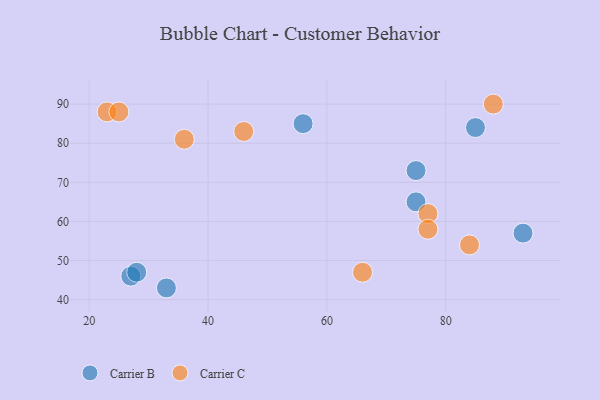
{"axis": {"x": "GDP", "y": "Life Expectancy"}, "legend": ["Carrier B", "Carrier C"], "data": [{"x": "85", "y": 84, "type": "Carrier B"}, {"x": "27", "y": 46, "type": "Carrier B"}, {"x": "93", "y": 57, "type": "Carrier B"}, {"x": "33", "y": 43, "type": "Carrier B"}, {"x": "75", "y": 65, "type": "Carrier B"}, {"x": "75", "y": 73, "type": "Carrier B"}, {"x": "56", "y": 85, "type": "Carrier B"}, {"x": "28", "y": 47, "type": "Carrier B"}, {"x": "36", "y": 81, "type": "Carrier C"}, {"x": "66", "y": 47, "type": "Carrier C"}, {"x": "84", "y": 54, "type": "Carrier C"}, {"x": "23", "y": 88, "type": "Carrier C"}, {"x": "46", "y": 83, "type": "Carrier C"}, {"x": "77", "y": 62, "type": "Carrier C"}, {"x": "25", "y": 88, "type": "Carrier C"}, {"x": "77", "y": 58, "type": "Carrier C"}, {"x": "88", "y": 90, "type": "Carrier C"}]}